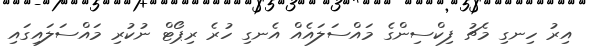
އިރު ހިނގި މެޗު ފިކްސިންގެ މައްސަލައެއް އެނގި ހުރެ ރިޕޯޓް ނުކުރި މައްސަލައިގައި